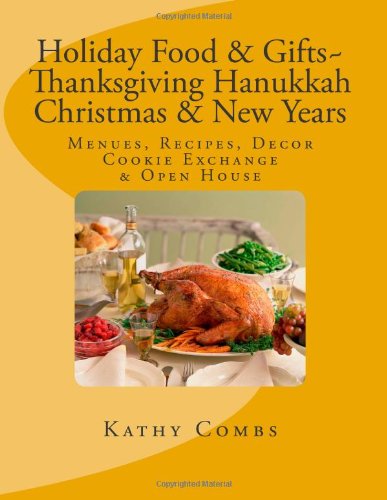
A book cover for Holiday Food & Gifts, Thanksgiving*Hanukkah*Christmas*New Years,: Menus, Recipes, Decor, Cookie Exchange, Open House; Kathy Combs; Cookbooks, Food & Wine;